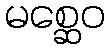
မစ္ဆေဝ